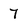
Character: 7